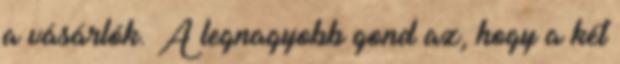
a vásárlók. A legnagyobb gond az, hogy a két